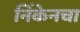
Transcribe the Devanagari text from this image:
निंकेनचा